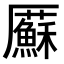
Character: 𠫋